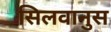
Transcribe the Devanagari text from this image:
सिलवानुस